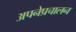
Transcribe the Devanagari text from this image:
अपनेप्रचालन